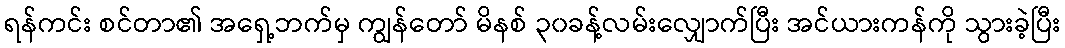
ရန်ကင်း စင်တာ၏ အရှေ့ဘက်မှ ကျွန်တော် မိနစ် ၃၀ခန့်လမ်းလျှောက်ပြီး အင်ယားကန်ကို သွားခဲ့ပြီး